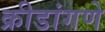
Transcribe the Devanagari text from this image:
क्रीडांगणे